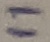
Text: 11